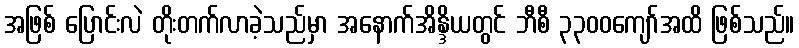
အဖြစ် ပြောင်းလဲ တိုးတက်လာခဲ့သည်မှာ အနောက်အိန္ဒိယတွင် ဘီစီ ၃၃၀၀ကျော်အထိ ဖြစ်သည်။